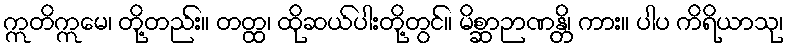
ဣတိဣမေ၊ တို့တည်း။ တတ္ထ၊ ထိုဆယ်ပါးတို့တွင်။ မိစ္ဆာဉာဏန္တိ၊ ကား။ ပါပ ကိရိယာသု၊